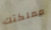
مملكتك